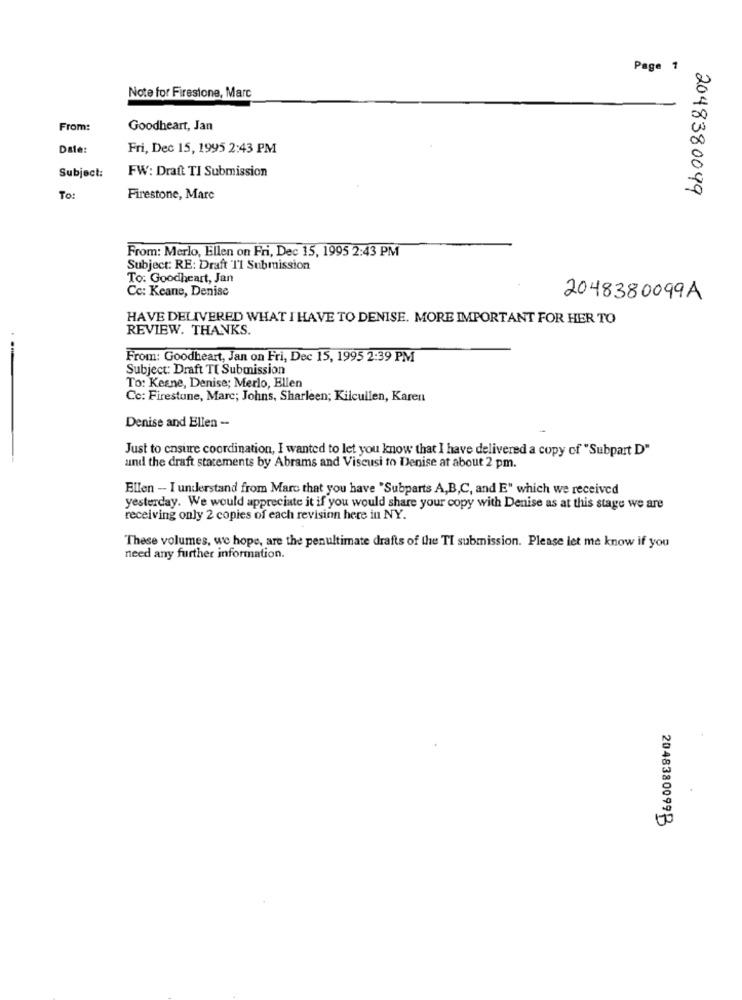
Page 1
Note for Firestone, Marc
From:
Goodheart, Jan
Date:
Fri, Dec 15, 1995 2:43 PM
Subject:
FW: Draft TI Submission
2048380099
To:
Firestone, Mare
From: Merlo, Ellen on Fri, Dec 15, 1995 2:43 PM
Subject: RE: Draft TI Submission
To: Goodheart, Jan
Cc: Keane, Denise
2048380099A
HAVE DELIVERED WHAT I HAVE TO DENISE. MORE IMPORTANT FOR HER TO
REVIEW. THANKS.
From: Goodheart, Jan on Fri, Dec 15, 1995 2:39 PM
Subject: Draft Tt Submission
To: Kesne, Denise; Merlo, Ellen
Cc: Firestone, Marc; Johns, Sharleen; Kilcullen, Karen
Denise and Ellen -
Just to ensure coordination, I wanted to let you know that I have delivered a copy of "Subpart D"
und the draft statements by Abrams and Viscusi to Denise at about 2 pm.
Ellen - I understand from Marc that you have "Subparts A,B,C, and E" which we received
yesterday. We would appreciate it if you would share your copy with Denise as at this stage we are
receiving only 2 copies of each revision here in NY.
These volumes, we hope, are the penultimate drafts of the TI submission. Please let me know if you
need any further information.
2048380099B